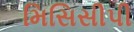
મિસિસીપી